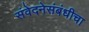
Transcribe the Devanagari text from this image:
संवेदनेसंबंधीचा